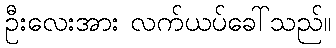
ဦးလေးအား လက်ယပ်ခေါ်သည်။